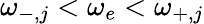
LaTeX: \omega_{-,j}<\omega_{e}<\omega_{+,j}